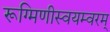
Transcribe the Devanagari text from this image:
रूग्मिणीस्वयम्वरम्